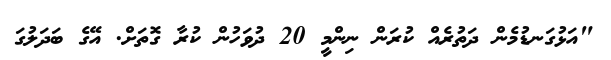
"އަޅުގަނޑުމެން ދަތުރެއް ކުރަން ނިންމީ 20 ދުވަހުން ކުރާ ގޮތަށް. އޭގެ ބަދަލުގަ